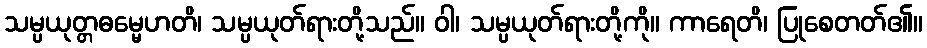
သမ္ပယုတ္တဓမ္မေဟတိ၊ သမ္ပယုတ်ရားတို့သည်။ ဝါ၊ သမ္ပယုတ်ရားတို့ကို။ ကာရေတိ၊ ပြုစေတတ်၏။